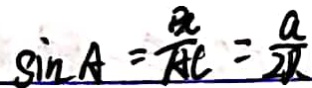
\sin A = \frac { B C } { A C } = \frac { a } { 2 D 、 }